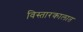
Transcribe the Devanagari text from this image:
विस्तारकालात